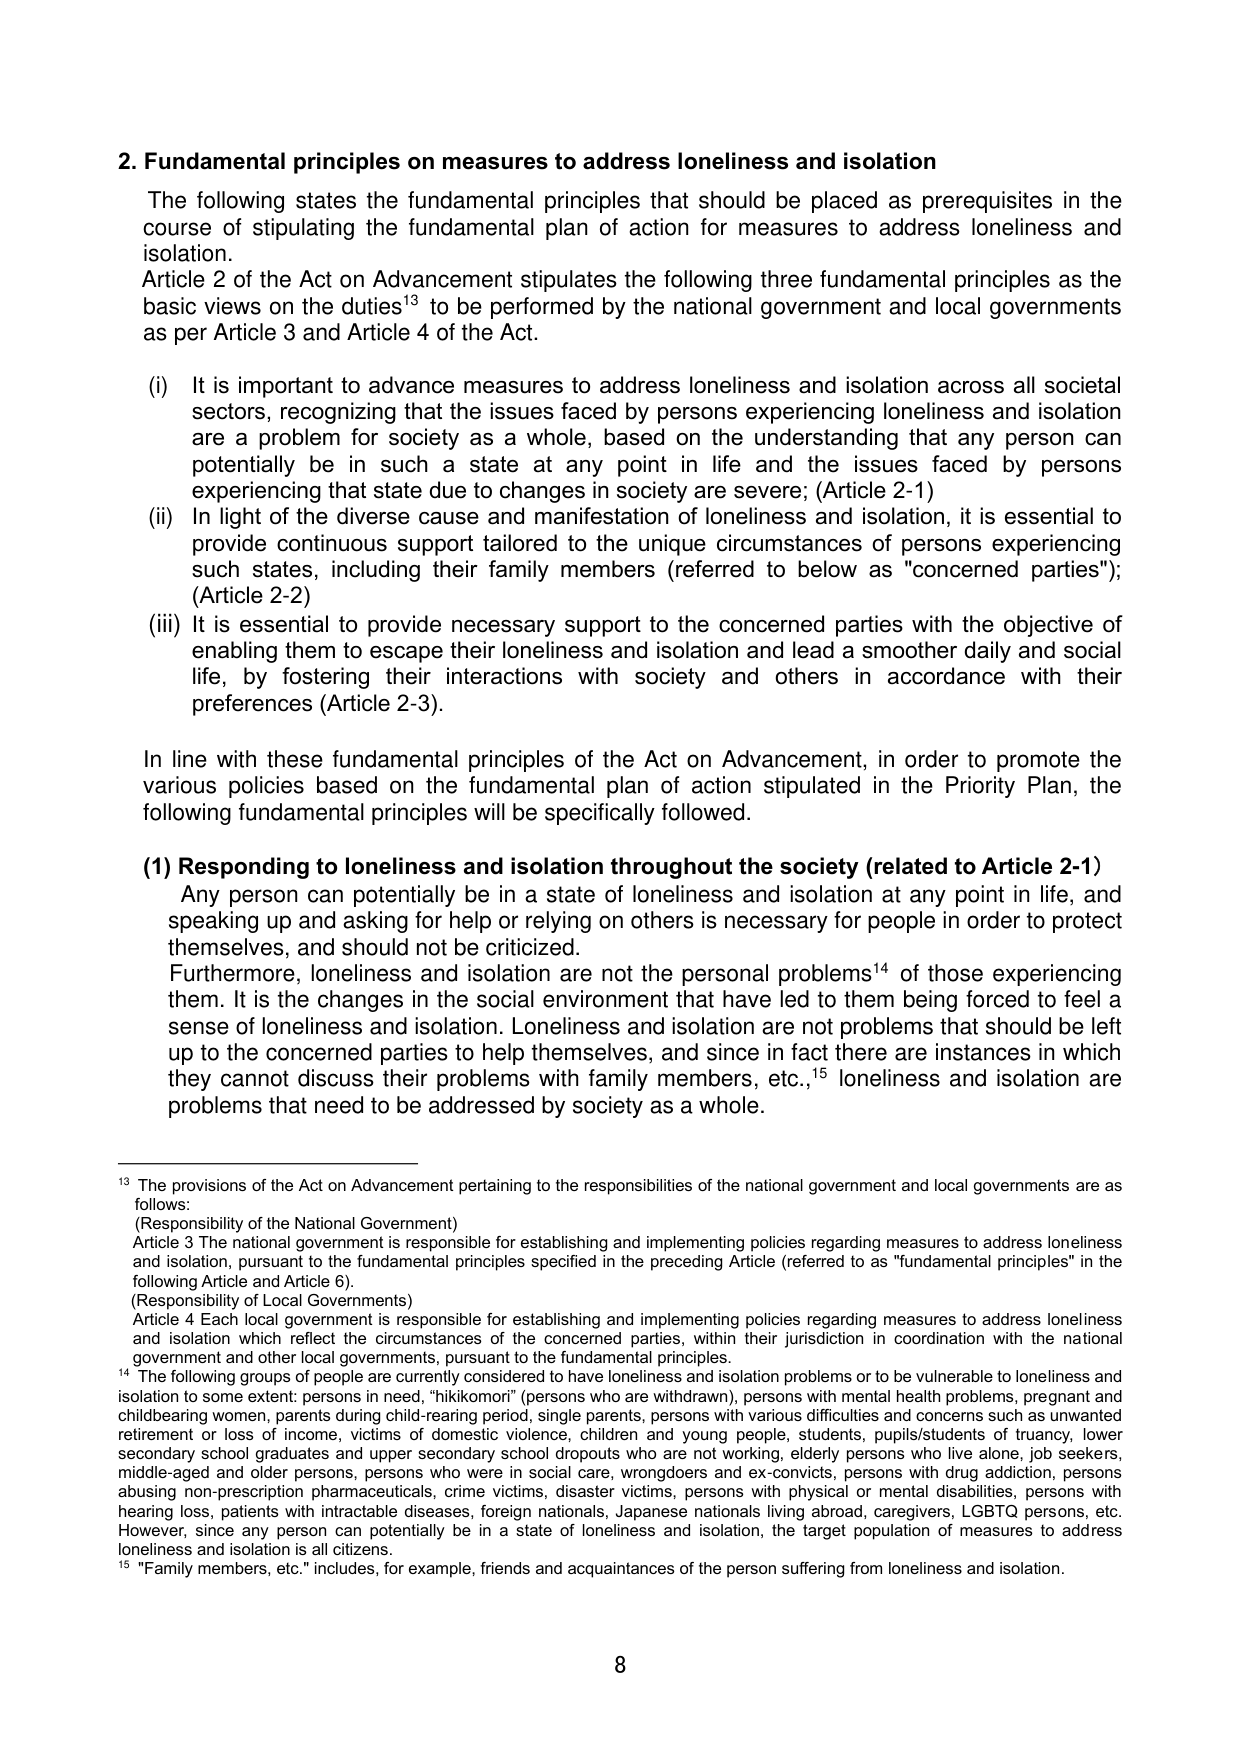
2. Fundamental principles on measures to address loneliness and isolation

The following states the fundamental principles that should be placed as prerequisites in the course of stipulating the fundamental plan of action for measures to address loneliness and isolation.

Article 2 of the Act on Advancement stipulates the following three fundamental principles as the basic views on the duties¹³ to be performed by the national government and local governments as per Article 3 and Article 4 of the Act.

(i) It is important to advance measures to address loneliness and isolation across all societal sectors, recognizing that the issues faced by persons experiencing loneliness and isolation are a problem for society as a whole, based on the understanding that any person can potentially be in such a state at any point in life and the issues faced by persons experiencing that state due to changes in society are severe; (Article 2-1)

(ii) In light of the diverse cause and manifestation of loneliness and isolation, it is essential to provide continuous support tailored to the unique circumstances of persons experiencing such states, including their family members (referred to below as "concerned parties"); (Article 2-2)

(iii) It is essential to provide necessary support to the concerned parties with the objective of enabling them to escape their loneliness and isolation and lead a smoother daily and social life, by fostering their interactions with society and others in accordance with their preferences (Article 2-3).

In line with these fundamental principles of the Act on Advancement, in order to promote the various policies based on the fundamental plan of action stipulated in the Priority Plan, the following fundamental principles will be specifically followed.

(1) Responding to loneliness and isolation throughout the society (related to Article 2-1)

Any person can potentially be in a state of loneliness and isolation at any point in life, and speaking up and asking for help or relying on others is necessary for people in order to protect themselves, and should not be criticized.

Furthermore, loneliness and isolation are not the personal problems¹⁴ of those experiencing them. It is the changes in the social environment that have led to them being forced to feel a sense of loneliness and isolation. Loneliness and isolation are not problems that should be left up to the concerned parties to help themselves, and since in fact there are instances in which they cannot discuss their problems with family members, etc.,¹⁵ loneliness and isolation are problems that need to be addressed by society as a whole.

¹³ The provisions of the Act on Advancement pertaining to the responsibilities of the national government and local governments are as follows:

(Responsibility of the National Government)

Article 3 The national government is responsible for establishing and implementing policies regarding measures to address loneliness and isolation, pursuant to the fundamental principles specified in the preceding Article (referred to as "fundamental principles" in the following Article and Article 6).

(Responsibility of Local Governments)

Article 4 Each local government is responsible for establishing and implementing policies regarding measures to address loneliness and isolation which reflect the circumstances of the concerned parties, within their jurisdiction in coordination with the national government and other local governments, pursuant to the fundamental principles.

¹⁴ The following groups of people are currently considered to have loneliness and isolation problems or to be vulnerable to loneliness and isolation to some extent: persons in need, "hikikomori" (persons who are withdrawn), persons with mental health problems, pregnant and childbearing women, persons during child-rearing period, single parents, persons with various difficulties and concerns such as unwanted retirement or loss of income, victims of domestic violence, children and young people, students, pupils/students of truancy, lower secondary school graduates and upper secondary school dropouts who are not working, elderly persons who live alone, job seekers, middle-aged and older persons, persons who were in social care, wrongdoers and ex-convicts, persons with drug addiction, persons abusing non-prescription pharmaceuticals, crime victims, disaster victims, persons with physical or mental disabilities, persons with hearing loss, patients with intractable diseases, foreign nationals, Japanese nationals living abroad, caregivers, LGBTQ persons, etc. However, since any person can potentially be in a state of loneliness and isolation, the target population of measures to address loneliness and isolation is all citizens.

¹⁵ "Family members, etc." includes, for example, friends and acquaintances of the person suffering from loneliness and isolation.

8